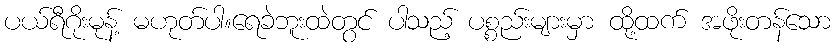
ပယ်ရီဂိုးမုန့် မဟုတ်ပါ။ရေခဲဘူးထဲတွင် ပါသည့် ပစ္စည်းများမှာ ထို့ထက် အဖိုးတန်သော